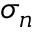
\sigma _ { n }